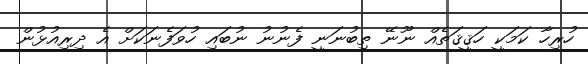
ހުރިހާ ކަމަކީ ހަޤީޤަތެއް ނޫނޭ ތިބުނަނީ ފެނުނު ނުބައި ހުވަފެނަކަށް އެ ދިރިއުޅުން